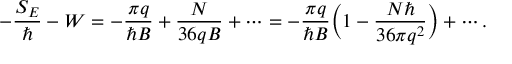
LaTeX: - \frac { S _ { E } } { \hbar } - W = - \frac { \pi q } { \hbar B } + \frac { N } { 3 6 q B } + \cdots = - \frac { \pi q } { \hbar B } \biggl ( 1 - \frac { N \hbar } { 3 6 \pi q ^ { 2 } } \biggr ) + \cdots .